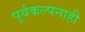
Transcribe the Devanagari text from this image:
पूर्वकल्पनाही